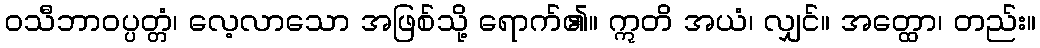
ဝသီဘာဝပ္ပတ္တံ၊ လေ့လာသော အဖြစ်သို့ ရောက်၏။ ဣတိ အယံ၊ လျှင်။ အတ္ထော၊ တည်း။